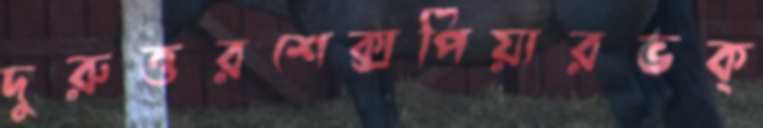
দুরুত্তরশেক্সপিয়ারভক্